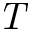
\mathit { T }